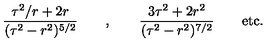
\frac { \tau ^ { 2 } / r + 2 r } { ( \tau ^ { 2 } - r ^ { 2 } ) ^ { 5 / 2 } } \qquad , \qquad \frac { 3 \tau ^ { 2 } + 2 r ^ { 2 } } { ( \tau ^ { 2 } - r ^ { 2 } ) ^ { 7 / 2 } } \qquad \mathrm { e t c . }